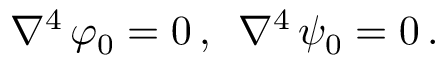
{ \nabla } ^ { 4 } \, \varphi _ { 0 } = 0 \, , \, \, \, { \nabla } ^ { 4 } \, \psi _ { 0 } = 0 \, .